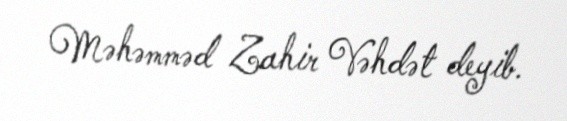
Məhəmməd Zahir Vəhdət deyib.